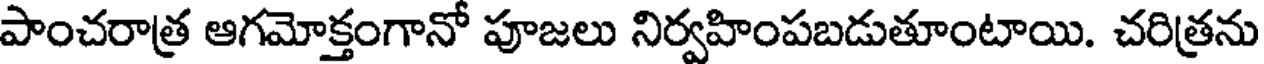
పాంచరాత్ర ఆగమోక్తంగానో పూజలు నిర్వహింపబడుతూంటాయి. చరిత్రను